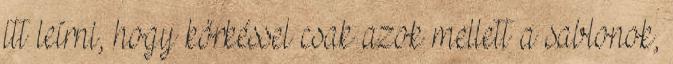
itt leírni, hogy körkéssel csak azok mellett a sablonok,